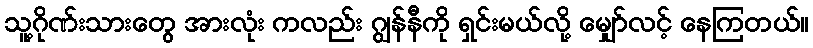
သူ့ဂိုဏ်းသားတွေ အားလုံး ကလည်း ဂျွန်နီကို ရှင်းမယ်လို့ မျှော်လင့် နေကြတယ်။